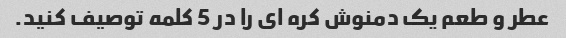
عطر و طعم یک دمنوش کره ای را در 5 کلمه توصیف کنید.